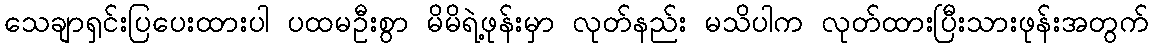
သေချာရှင်းပြပေးထားပါ ပထမဦးစွာ မိမိရဲ့ဖုန်းမှာ လုတ်နည်း မသိပါက လုတ်ထားပြီးသားဖုန်းအတွက်